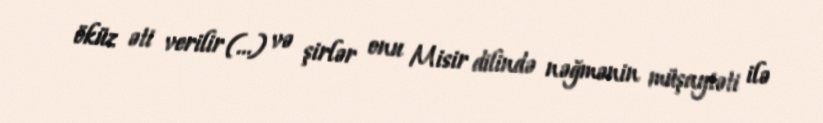
öküz əti verilir (…) və şirlər onu Misir dilində nəğmənin müşayiəti ilə